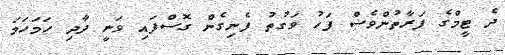
ދެ ޓީމްގެ ފަރާތުންވެސް ފަހު ވަގުތު ފެނިގެން ގޮސްފައި ވަނީ ދާދި ހަމަހަމަ